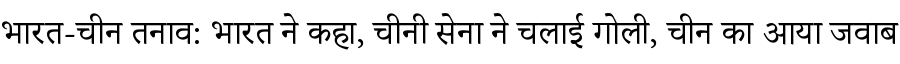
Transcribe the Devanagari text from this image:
भारत-चीन तनाव: भारत ने कहा, चीनी सेना ने चलाई गोली, चीन का आया जवाब